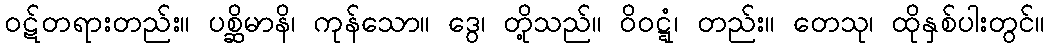
ဝဋ်တရားတည်း။ ပစ္ဆိမာနိ၊ ကုန်သော။ ဒွေ၊ တို့သည်။ ဝိဝဋ္ဋံ၊ တည်း။ တေသု၊ ထိုနှစ်ပါးတွင်။